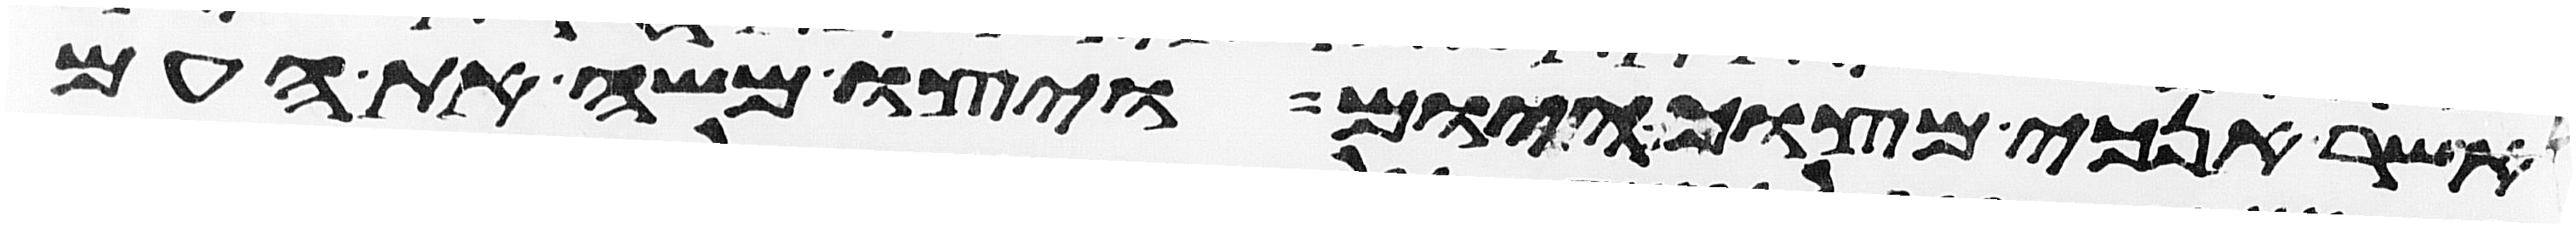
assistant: אשר אנכי מצוך היום ויצו משה את העם